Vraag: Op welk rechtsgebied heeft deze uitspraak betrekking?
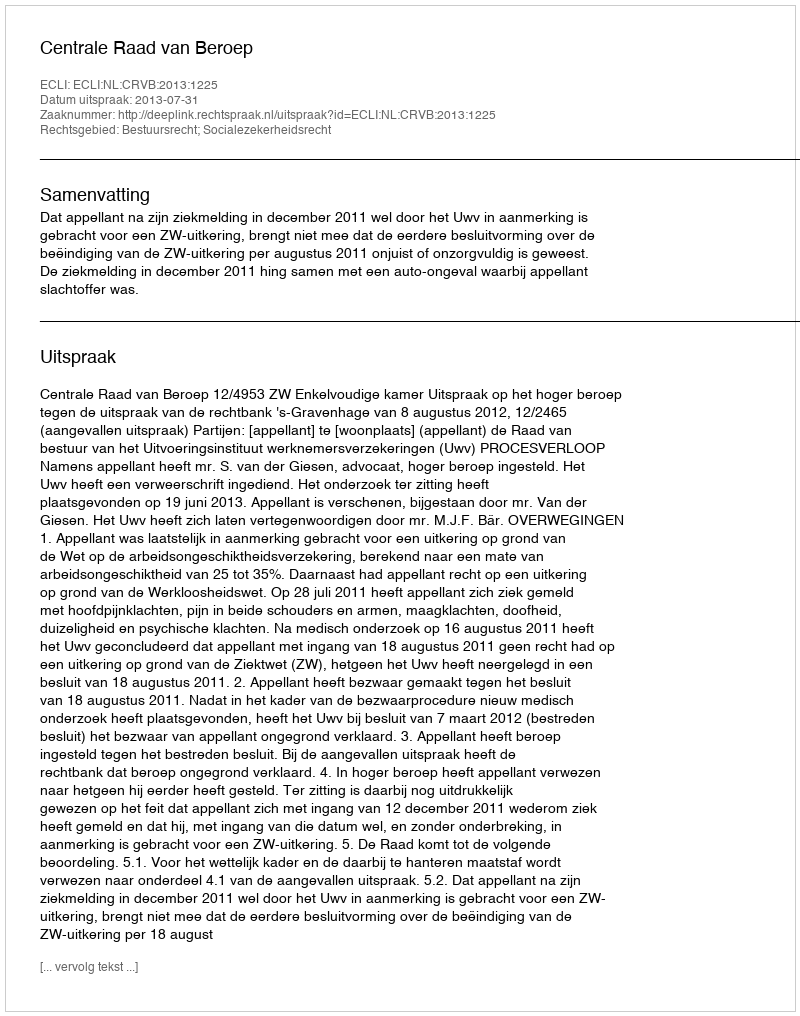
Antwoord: Bestuursrecht; Socialezekerheidsrecht